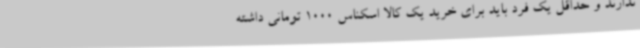
ندارند و حداقل یک فرد باید برای خرید یک کالا اسکناس 1000 تومانی داشته